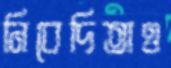
নিবেদিতাও